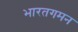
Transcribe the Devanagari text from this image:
भारतगमन